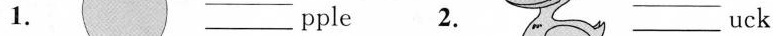
1. ___ pple 2. ___ uck